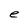
Character: e